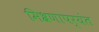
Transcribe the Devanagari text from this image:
मिश्रणापर्यंत